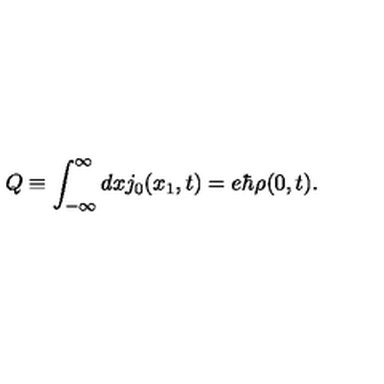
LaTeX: Q \equiv \int _ { - \infty } ^ { \infty } d x j _ { 0 } ( x _ { 1 } , t ) = e { \hbar } { \rho } ( 0 , t ) .